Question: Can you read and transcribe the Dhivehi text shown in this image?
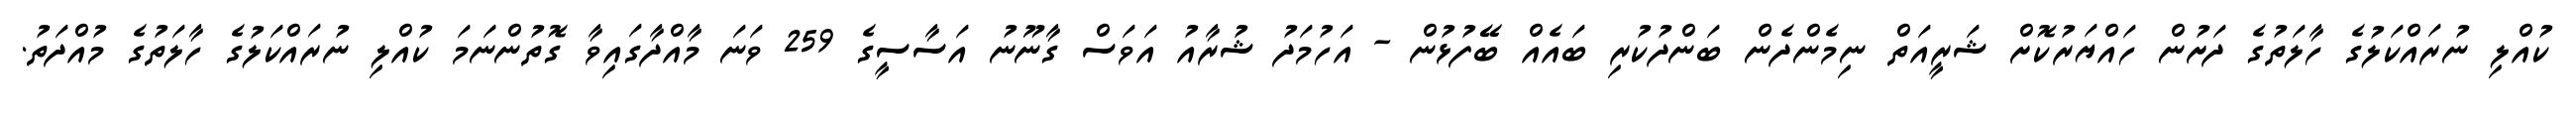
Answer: ކުއްލި ނުރައްކަލުގެ ހާލަތުގެ ދަށުން ހައްޔަރުކޮށް ޝަރީއަތް ނިމެންދެން ބަންދުކުރި ބައެއް ބޭފުޅުން - އަހުމަދު ޝުރާއު އަވަސް ގާނޫނު އަސާސީގެ 259 ވަނަ މާއްދާގައިވާ ގޮތުންނަމަ ކުއްލި ނުރައްކަލުގެ ހާލަތުގެ މުއްދަތު.